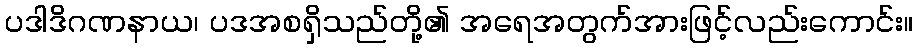
ပဒါဒိဂဏနာယ၊ ပဒအစရှိသည်တို့၏ အရေအတွက်အားဖြင့်လည်းကောင်း။